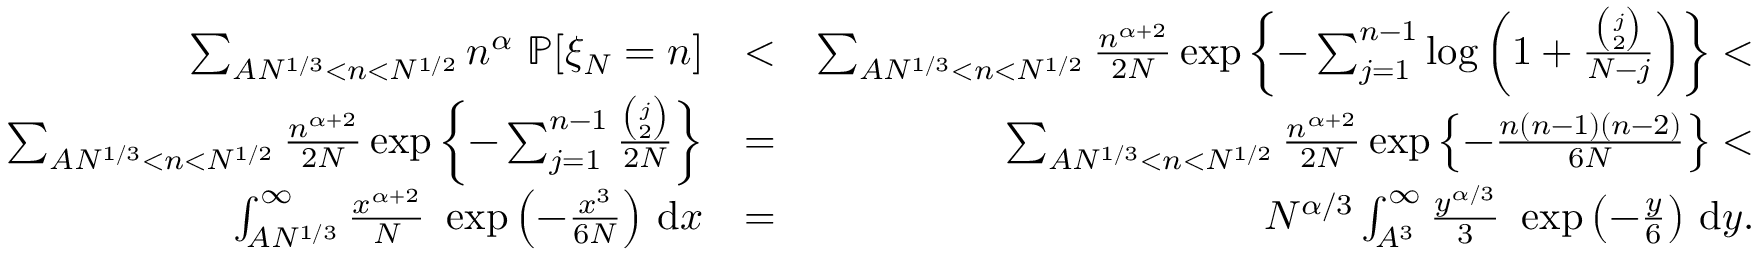
\begin{array} { r l r } { \sum _ { A N ^ { 1 / 3 } < n < N ^ { 1 / 2 } } n ^ { \alpha } ~ { \mathbb P } [ \xi _ { N } = n ] } & { < } & { \sum _ { A N ^ { 1 / 3 } < n < N ^ { 1 / 2 } } \frac { n ^ { \alpha + 2 } } { 2 N } \exp \left\{ - \sum _ { j = 1 } ^ { n - 1 } \log \left( 1 + \frac { { \binom { j } { 2 } } } { N - j } \right) \right\} < } \\ { \sum _ { A N ^ { 1 / 3 } < n < N ^ { 1 / 2 } } \frac { n ^ { \alpha + 2 } } { 2 N } \exp \left\{ - \sum _ { j = 1 } ^ { n - 1 } \frac { { \binom { j } { 2 } } } { 2 N } \right\} } & { = } & { \sum _ { A N ^ { 1 / 3 } < n < N ^ { 1 / 2 } } \frac { n ^ { \alpha + 2 } } { 2 N } \exp \left\{ - \frac { n ( n - 1 ) ( n - 2 ) } { 6 N } \right\} < } \\ { \int _ { A N ^ { 1 / 3 } } ^ { \infty } \frac { x ^ { \alpha + 2 } } { N } ~ \exp \left( - \frac { x ^ { 3 } } { 6 N } \right) \, \mathrm { d } x } & { = } & { N ^ { \alpha / 3 } \int _ { A ^ { 3 } } ^ { \infty } \frac { y ^ { \alpha / 3 } } { 3 } ~ \exp \left( - \frac { y } { 6 } \right) \, \mathrm { d } y . } \end{array}